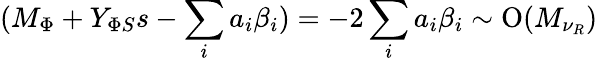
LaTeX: (M_{\Phi}+Y_{\Phi S}s-\sum_{i}a_{i}\beta_{i})=-2\sum_{i}a_{i}\beta_{i}\sim\mathrm{O}(M_{\nu_{R}})